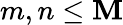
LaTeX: m,n\le\mathbf{M}